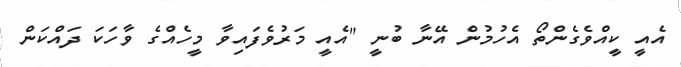
އެއީ ކީއްވެގެންތޯ އެހުމުން އޭނާ ބުނީ "އެއީ މަރުވެފައިވާ މީހެއްގެ ވާހަކަ ދައްކަން